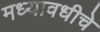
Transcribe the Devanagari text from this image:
मध्यावधीचे